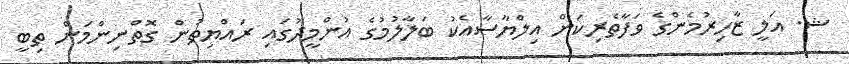
ޝ. އަލީ ޒާހިރުމެންގެ ވަފާތެރިކަން އިލްޔާސާއެކު ބަލާލުމުގެ އުންމީދުގައި ރައްޔިތުން ގޮތްނިންްމަން ތިބީ